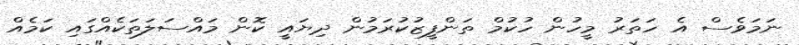
ނަމަވެސް އެ ހަތަރު މީހުން ހުކުމް ތަންފީޒުކުރަމުން ދިޔައީ ކޮން މައްސަލަތަކެއްގައި ކަމެއް